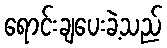
ရောင်းချပေးခဲ့သည်